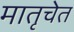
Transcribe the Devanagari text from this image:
मातृचेत